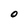
Character: O